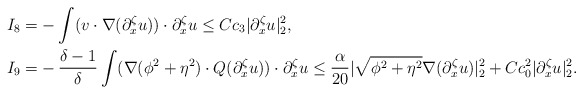
\begin{align*}I_8=& -\int (v\cdot \nabla (\partial^\zeta_x u))\cdot \partial^\zeta_x u \leq Cc_3 |\partial^\zeta_x u|^2_2,\\ I_{9}=&-\frac{\delta-1}{\delta}\int (\nabla (\phi^2+\eta^2) \cdot Q(\partial^\zeta_x u)) \cdot \partial^\zeta_x u\leq \frac{\alpha}{20}|\sqrt{\phi^2+\eta^2} \nabla (\partial^\zeta_x u) |^2_2+Cc^2_0|\partial^\zeta_x u|^2_2.\end{align*}